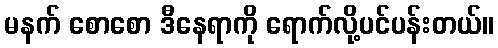
မနက် စောစော ဒီနေရာကို ရောက်လို့ပင်ပန်းတယ်။